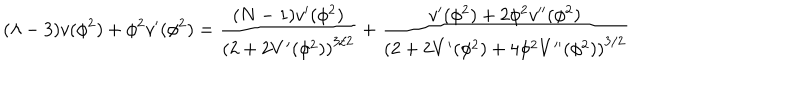
( \lambda - 3 ) v ( \phi ^ { 2 } ) + \phi ^ { 2 } v ^ { \prime } ( \phi ^ { 2 } ) = \frac { ( N - 1 ) v ^ { \prime } ( \phi ^ { 2 } ) } { \left( 2 + 2 V ^ { \prime } ( \phi ^ { 2 } ) \right) ^ { 3 / 2 } } + \frac { v ^ { \prime } ( \phi ^ { 2 } ) + 2 \phi ^ { 2 } v ^ { \prime \prime } ( \phi ^ { 2 } ) } { \left( 2 + 2 V ^ { \prime } ( \phi ^ { 2 } ) + 4 \phi ^ { 2 } V ^ { \prime \prime } ( \phi ^ { 2 } ) \right) ^ { 3 / 2 } }